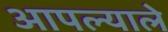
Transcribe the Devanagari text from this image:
आपल्याले